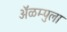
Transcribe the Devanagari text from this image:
ॲळम्पुला